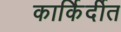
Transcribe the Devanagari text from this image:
कार्किर्दीत